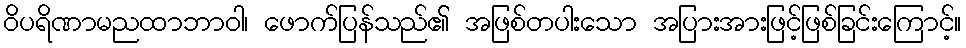
ဝိပရိဏာမညထာဘာဝါ၊ ဖောက်ပြန်သည်၏ အဖြစ်တပါးသော အပြားအားဖြင့်ဖြစ်ခြင်းကြောင့်။